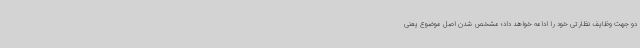
دو جهت وظایف نظارتی خود را ادامه خواهد داد؛ مشخص شدن اصل موضوع یعنی